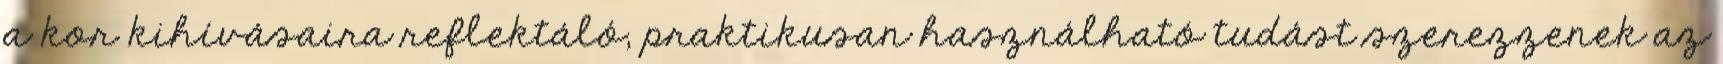
a kor kihívásaira reflektáló, praktikusan használható tudást szerezzenek az